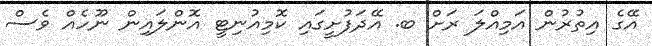
އޭގެ އިތުރުން އަމިއްލަ ރަށް ބ. އޭދަފުށީގައި ކޮމިއުނިޓީ އޮންލައިން ނޫހެއް ވެސް